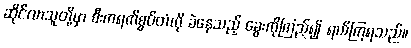
ဆိုင်လာသူတို့မှာ စီးကရက်စွပ်တံကို ခဲနေသည့် ခွေးကိုကြည့်၍ ရယ်ကြရသည်။